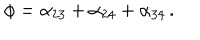
\phi = \alpha _ { 2 3 } + \alpha _ { 2 4 } + \alpha _ { 3 4 } \, .